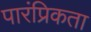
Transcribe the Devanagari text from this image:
पारंप्रिकता